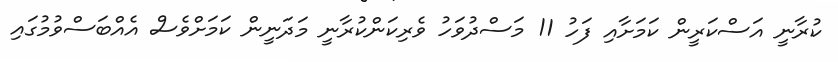
ކުރާނީ އަސްކަރީން ކަމަށާއި ފަހު 11 މަސްދުވަހު ވެރިކަންކުރާނީ މަދަނީން ކަމަށްވެސް އެއްބަސްވުމުގައި